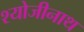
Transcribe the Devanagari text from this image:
श्योजीनाथ